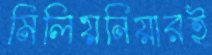
মিলিয়নিয়ারই